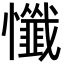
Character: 懺